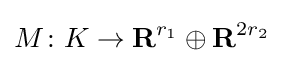
M\colon K\to \mathbf {R} ^{r_{1}}\oplus \mathbf {R} ^{2r_{2}}